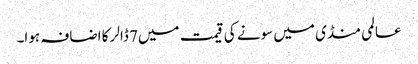
عالمی منڈی میں سونے کی قیمت میں7 ڈالر کا اضافہ ہوا۔